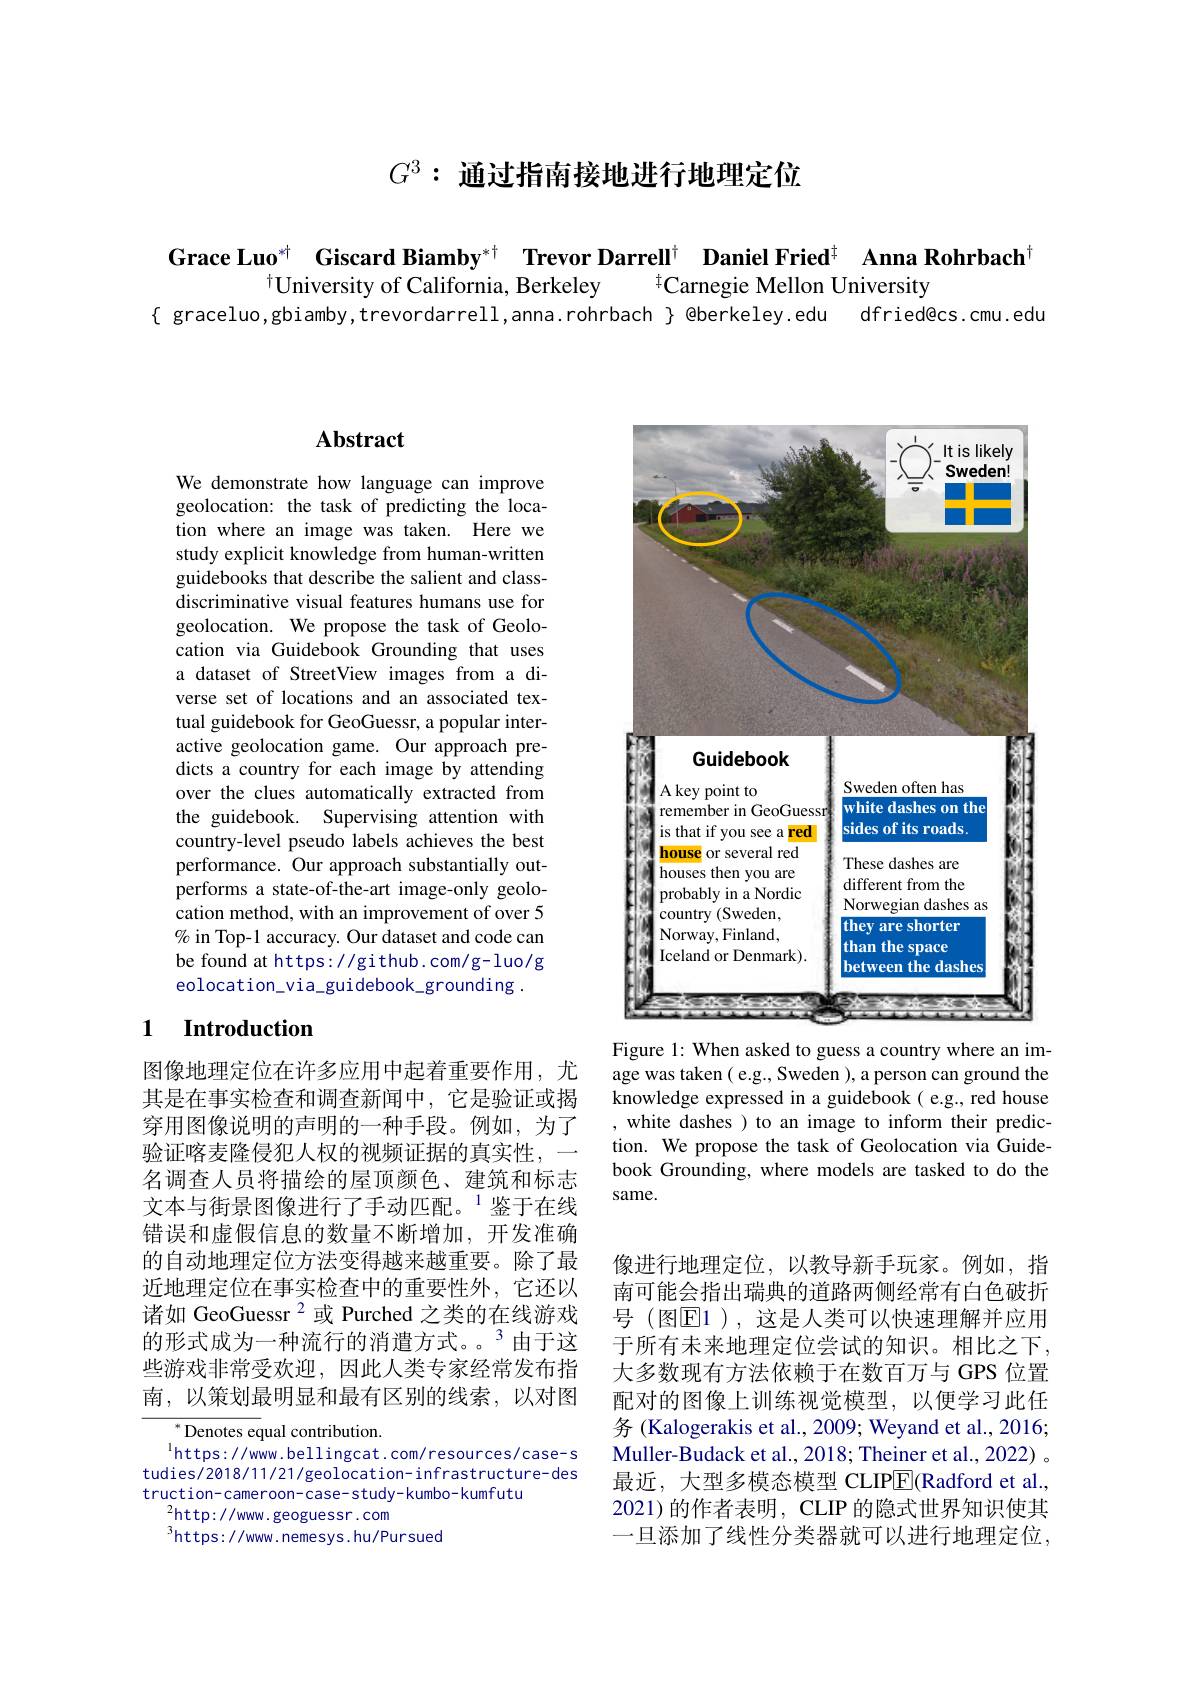
$G^3: \textbf{ 通 过 指 南 接 地 进 行 地 理 定 位 }$

Grace Luo$^{*\dagger}$ Giscard Biamby$^{*\dagger}$ Trevor Darrell$^{\dagger}$ Daniel Fried$^{\dagger}$ Anna Rohrbach$^{\dagger}$
$^{\dagger}$University of California, Berkeley
$^{\dagger}$Carnegie Mellon University
{ graceluo,gbiamby,trevordarrell,anna.rohrbach} @berkeley.edu dfried@cs.cmu.edu

## $\mathbf{Abstract}$

We demonstrate how language can improve geolocation: the task of predicting the location where an image was taken. Here we study explicit knowledge from human-written guidebooks that describe the salient and classdiscriminative visual features humans use for geolocation. We propose the task of Geolocation via Guidebook Grounding that uses a dataset of StreetView images from a diverse set of locations and an associated textual guidebook for GeoGuessr, a popular interactive geolocation game. Our approach predicts a country for each image by attending over the clues automatically extracted from the guidebook. Supervising attention with country-level pseudo labels achieves the best performance. Our approach substantially outperforms a state-of-the-art image-only geolocation method, with an improvement of over 5 % in Top-1 accuracy. Our dataset and code can be found at https://github.com/g-luo/g eolocation\_via\_guidebook\_grounding .

## 1 $\textbf{Introduction}$

图像地理定位在许多应用中起着重要作用，尤其是在事实检查和调查新闻中，它是验证或揭穿用图像说明的声明的一种手段。例如，为了验证喀麦隆侵犯人权的视频证据的真实性，
名调查人员将描绘的屋顶颜色、建筑和标志文本与街景图像进行了手动匹配。$^{1}$鉴于在线错误和虚假信息的数量不断增加，开发准确的自动地理定位方法变得越来越重要。除了最近地理定位在事实检查中的重要性外，它还以诸如 GeoGuessr $^{2}$或 Purched 之类的在线游戏的形式成为一种流行的消遣方式。$^{3}$由于这些游戏非常受欢迎，因此人类专家经常发布指南，以策划最明显和最有区别的线索，以对图

$^{*}{\mathrm{Denotes~equal~contribution.}}$
$^{\mathrm{l}}$https://www.bellingcat.com/resources/case-s tudies/2018/11/21/geolocation- infrastructure- des truction- cameroon- case- study- kumbo- kumfutu
$^{2}$http://www.geoguessr.com
$^3$https: / /www. nemesys. hu/Pursued

<FigureHere>

Figure 1: When asked to guess a country where an image was taken ( e.g., Sweden ), a person can ground the knowledge expressed in a guidebook( e.g., red house white dashes ) to an image to inform their prediction. We propose the task of Geolocation via Guidebook Grounding, where models are tasked to do the same.

像进行地理定位，以教导新手玩家。例如，指南可能会指出瑞典的道路两侧经常有白色破折号 (图$\overline{\mathrm{E}}$1),这是人类可以快速理解并应用于所有未来地理定位尝试的知识。相比之下， 大多数现有方法依赖于在数百万与 GPS 位置配对的图像上训练视觉模型，以便学习此任务 (Kalogerakis et al., 2009; Weyand et al., 2016; Muller-Budack et al., 2018; Theiner et al., 2022) 。最近，大型多模态模型 CLIPE(Radford et al., 2021)的作者表明，CLIP 的隐式世界知识使其一旦添加了线性分类器就可以进行地理定位，